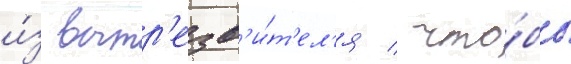
и́з вытр'езв'и́т'ел'я / что́бы